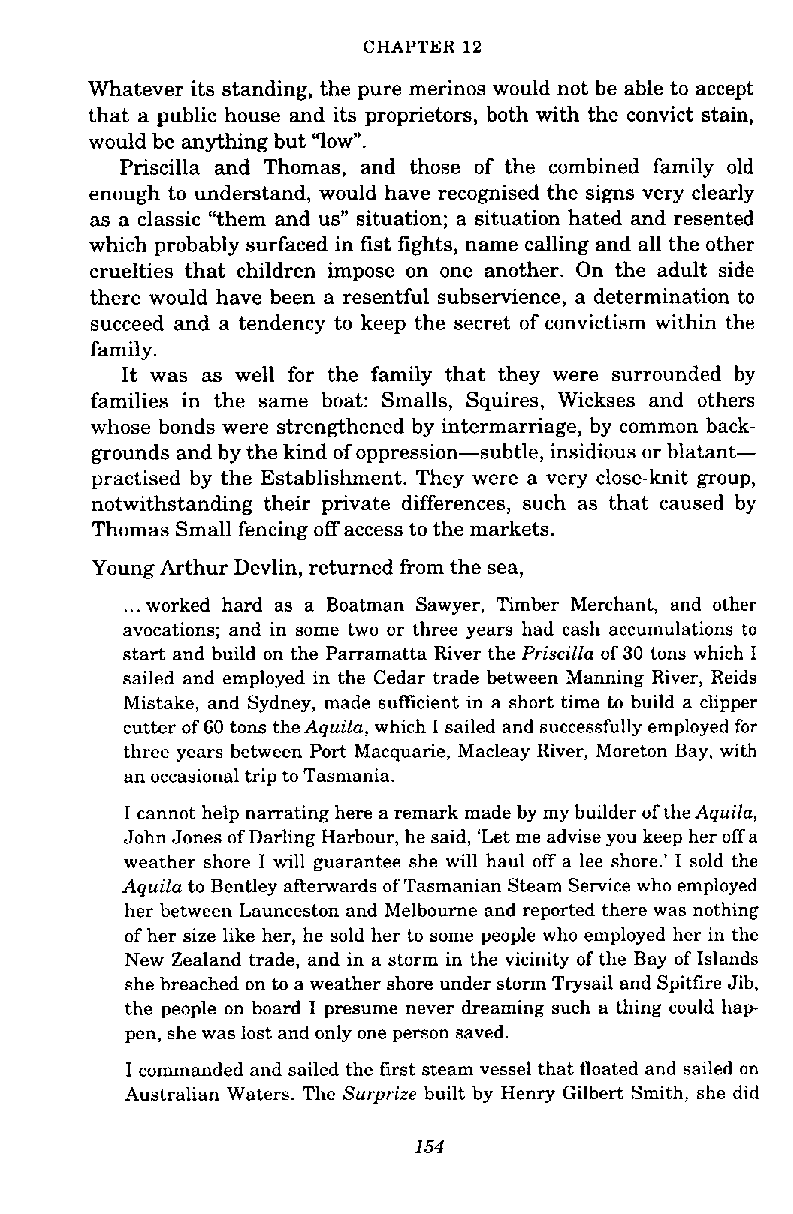
CHAPTER 12
 Whatever its standing, the pure merinos would not be able to accept
 that a public house and its proprietors, both with the convict stain,
 would be anything but 'low".
 Priscilla and Thomas, and those of the combined family old
 enough to understand, would have recognised the signs very clearly
 as a classic "them and us" situation; a situation hated and resented
 which probably surfaced in fist fights, name calling and all the other
 cruelties that children impose on one another. On the adult side
 there would have been a resentful subservience, a determination to
 succeed and a tendency to keep the secret of convictism within the
 family.
 It was as well for the family that they were surrounded by
 families in the same boat: Smalls, Squires, Wickses and others
 whose bonds were strengthened by intermarriage, by common back-
 grounds and by the kind of oppression-subtle, insidious or blatant-
 practised by the Establishment. They were a very close-knit group,
 notwithstanding their private differences, such as that caused by
 Thomas Small fencing off access to the markets.
 Young Arthur Devlin, returned from the sea,
 ... worked hard as a Boatman Sawyer, Timber Merchant, and other
 avocations; and in some two or three years had cash accumulations to
 start and build on the Parramatta River the Priscilla of 30 tons which I
 sailed and employed in the Cedar trade between Manning River, Reids
 Mistake, and Sydney, made sufficient in a short time to build a clipper
 cutter of 60 tons the Aquila, which I sailed and successfully employed for
 three years between Port Macquarie, Macleay River, Moreton Bay, with
 an occasional trip to Tasmania.
 I cannot help narrating here a remark made by my builder of the Aquila,
 John Jones of Darling Harbour, he said, 'Let me advise you keep her off a
 weather shore I will guarantee she will haul off a lee shore.' I sold the
 Aquila to Bentley afterwards of Tasmanian Steam Service who employed
 her between Launceston and Melbourne and reported there was nothing
 of her size like her, he sold her to some people who employed her in the
 New Zealand trade, and in a storm in the vicinity of the Bay of Islands
 she breached on to a weather shore under storm Trysail and Spitfire Jib.
 the ~eopleo n board I presume never dreaming such a thing could hap
 pen, she was lost and only one person saved.
 I commanded and sailed the first steam vessel that floated and sailed on
 Australian Waters. The Surprize built by Henry Gilbert Smith, she did